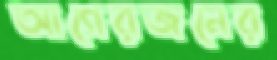
আগেরজনের